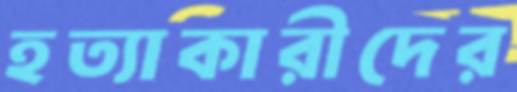
হত্যাকারীদের